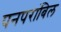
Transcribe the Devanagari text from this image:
पनपरांबिल